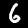
Label: 6